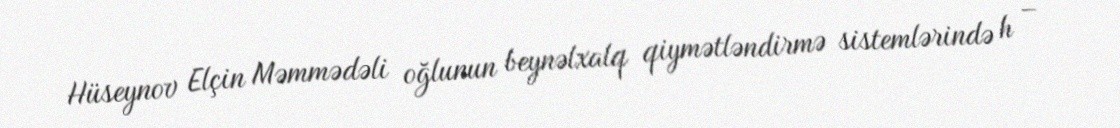
Hüseynov Elçin Məmmədəli oğlunun beynəlxalq qiymətləndirmə sistemlərində h –